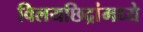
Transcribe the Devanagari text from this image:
विलयछिद्रांमध्ये